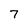
Character: 7